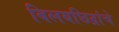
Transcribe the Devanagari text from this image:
विलयछिद्रांचे